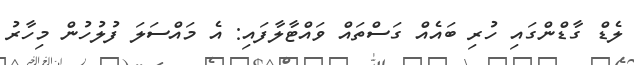
ލެޑް ގާޑްންގައި ހުރި ބައެއް ގަސްތައް ވައްޓާލާފައި: އެ މައްސަލަ ފުލުހުން މިހާރު